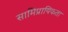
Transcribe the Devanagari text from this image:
सामिप्रायिकता